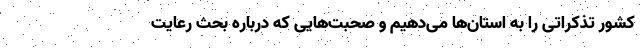
کشور تذکراتی را به استان‌ها می‌دهیم و صحبت‌هایی که درباره بحث رعایت